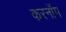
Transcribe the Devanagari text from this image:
करनॉग